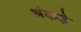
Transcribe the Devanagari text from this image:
अंकड़े